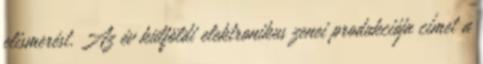
elismerést. Az év külföldi elektronikus zenei produkciója címet a